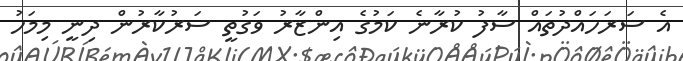
އެ ސަރަހައްދުތައް ސާފު ކުރާނެ ކަމުގެ އިންޒާރު ވަގުތީ ސަރުކާރުން ދިނީ މިމަހު